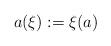
LaTeX: \begin{align*}a(\xi):=\xi(a)\end{align*}